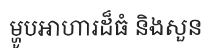
ម្ហូបអាហារដ៏ធំ និងសួន